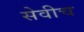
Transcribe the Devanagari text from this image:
सेवीच